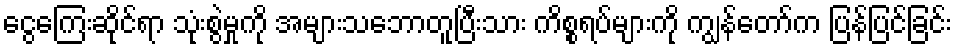
ငွေကြေးဆိုင်ရာ သုံးစွဲမှုကို အများသဘောတူပြီးသား ကိစ္စရပ်များကို ကျွန်တော်က ပြန်ပြင်ခြင်း